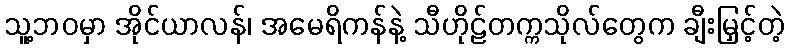
သူ့ဘဝမှာ အိုင်ယာလန်၊ အမေရိကန်နဲ့ သီဟိုဠ်တက္ကသိုလ်တွေက ချီးမြှင့်တဲ့